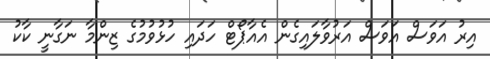
އިރު އަވަސް އަވަސް އަރުވާލައިގެން އެއާޕޯޓް ހަދައި ހުޅުވުމުގެ ޒިންމާ ނަގާނީ ކާކު